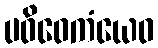
ပဝိဝေကံယေဝ